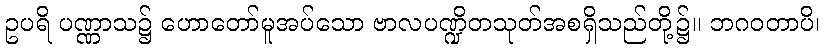
ဥပရိ ပဏ္ဏာသ၌ ဟောတော်မူအပ်သော ဗာလပဏ္ဍိတသုတ်အစရှိသည်တို့၌။ ဘဂဝတာပိ၊